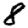
Digit: 8